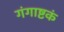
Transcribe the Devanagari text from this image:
गंगाष्टकं